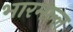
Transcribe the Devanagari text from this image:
भारमल्ल